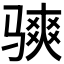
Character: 𫘭